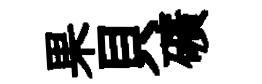
果貝礦